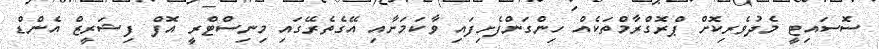
ސޮސައިޓީ މެދުވެރިކޮށް ޕްރޮގްރާމްތަކެއް ހިންގަންފެށިފައި ވާކަމަށާއި އޭގެތެރޭގައި މިނިސްޓްރީ އޮފް ފިޝަރީޒް އެންޑް